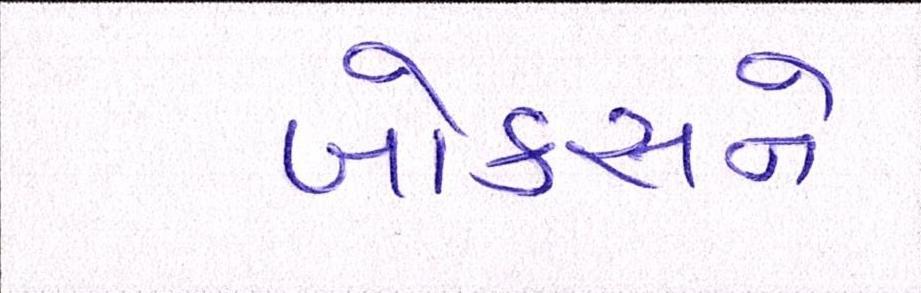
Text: બોક્સને